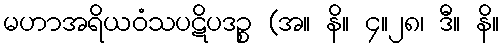
မဟာအရိယဝံသပဋိပဒဉ္စ (အ။ နိ။ ၄။၂၈၊ ဒီ။ နိ။